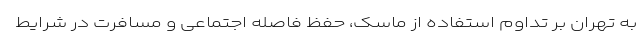
به تهران بر تداوم استفاده از ماسک، حفظ فاصله اجتماعی و مسافرت در شرایط